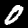
Label: 0